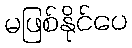
မဖြစ်နိုင်ပေ